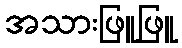
အသားဖြူဖြူ